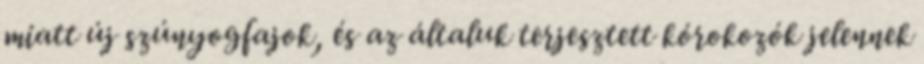
miatt új szúnyogfajok, és az általuk terjesztett kórokozók jelennek